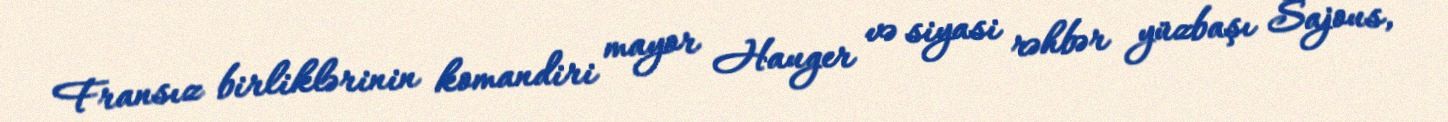
Fransız birliklərinin komandiri mayor Hauger və siyasi rəhbər yüzbaşı Sajous,